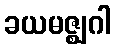
ခယမဇ္ဈဂါ